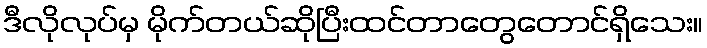
ဒီလိုလုပ်မှ မိုက်တယ်ဆိုပြီးထင်တာတွေတောင်ရှိသေး။